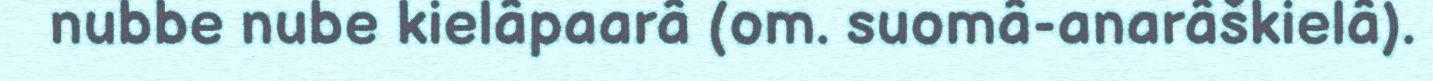
nubbe nube kielâpaarâ (om. suomâ-anarâškielâ).